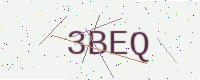
Text: 3BEQ